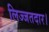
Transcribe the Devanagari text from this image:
लिज्जतदार।